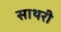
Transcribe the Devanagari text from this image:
साथरी